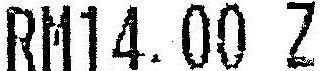
RM14.00 Z